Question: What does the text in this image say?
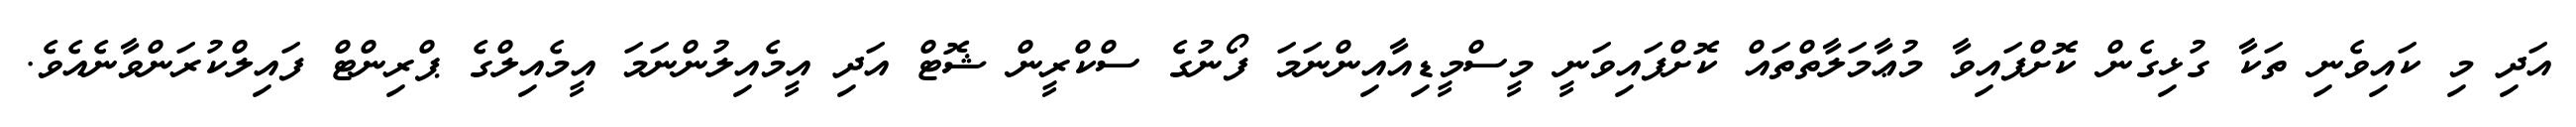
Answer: އަދި މި ކައިވެނި ތަކާ ގުޅިގެން ކޮށްފައިވާ މުޢާމަލާތްތައް ކޮށްފައިވަނީ މީސްމީޑިއާއިންނަމަ ފޯނުގެ ސްކްރީން ޝޮޓް އަދި އީމެއިލުންނަމަ އީމެއިލްގެ ޕްރިންޓް ފައިލްކުރަންވާނެއެވެ.